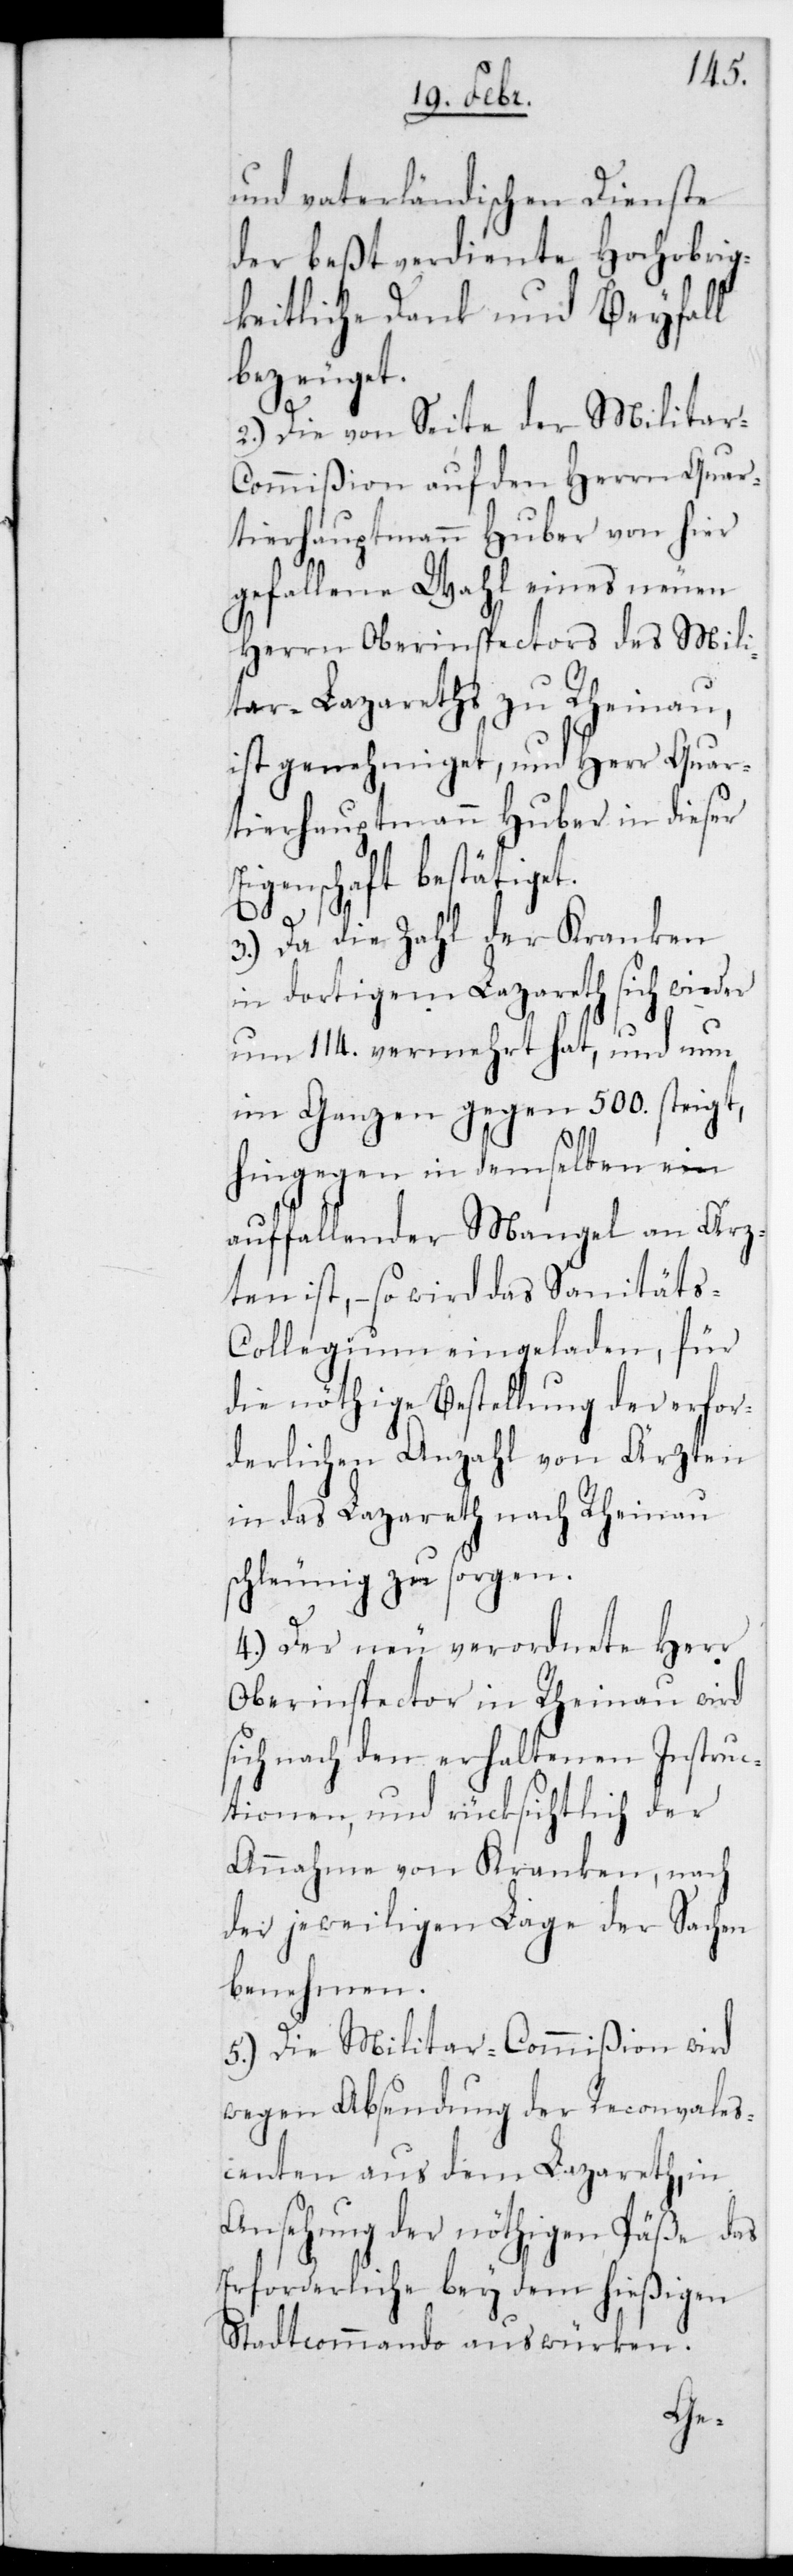
Ei¬
und vaterländischen Dienste
der beßtverdiente Hochobrig¬
keitliche Dank und Beyfall
bezeuget.
2.) Die von Seite der Militar-C¬
ommißion auf den Herrn Quar¬
tierhauptmann Huber von hier
gefallene Wahl eines neuen
Herrn Oberinspectors des Mil¬
itar-Lazareths zu Rheinau,
ist genehmiget, und Herr Quar¬
tierhauptmann Huber in dieser
genschaft bestätiget.
3.) Da die Zahl der Kranken
in dortigem Lazareth sich wieder
um 114. vermehrt hat, und nun
im Ganzen gegen 500. steigt,
hingegen in demselben ein
auffallender Mangel an Ärz¬
ten ist, – so wird das Sanität¬
s-Collegium eingeladen, für
die nöthige Bestellung der erfor¬
derlichen Anzahl von Ärzten
in das Lazareth nach Rheinau
schleunig zu sorgen.
4.) Der neu verordnete Herr
Oberinspector in Rheinau wird
sich nach den erhaltenen Instruc¬
tionen, und rücksichtlich der
Annahme von Kranken, nach
der jeweiligen Lage der Sachen
benehmen.
5.) Die Militar-Commißion wird
wegen Absendung der Reconvales¬
centen aus dem Lazareth, in
Ansehung der nöthigen Päße das
Erforderliche bey dem hießigen
Stadtcommando auswürken.